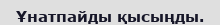
Ұнатпайды қысыңды.